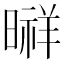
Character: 㬕